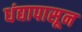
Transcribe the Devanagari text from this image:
धंद्यापासून